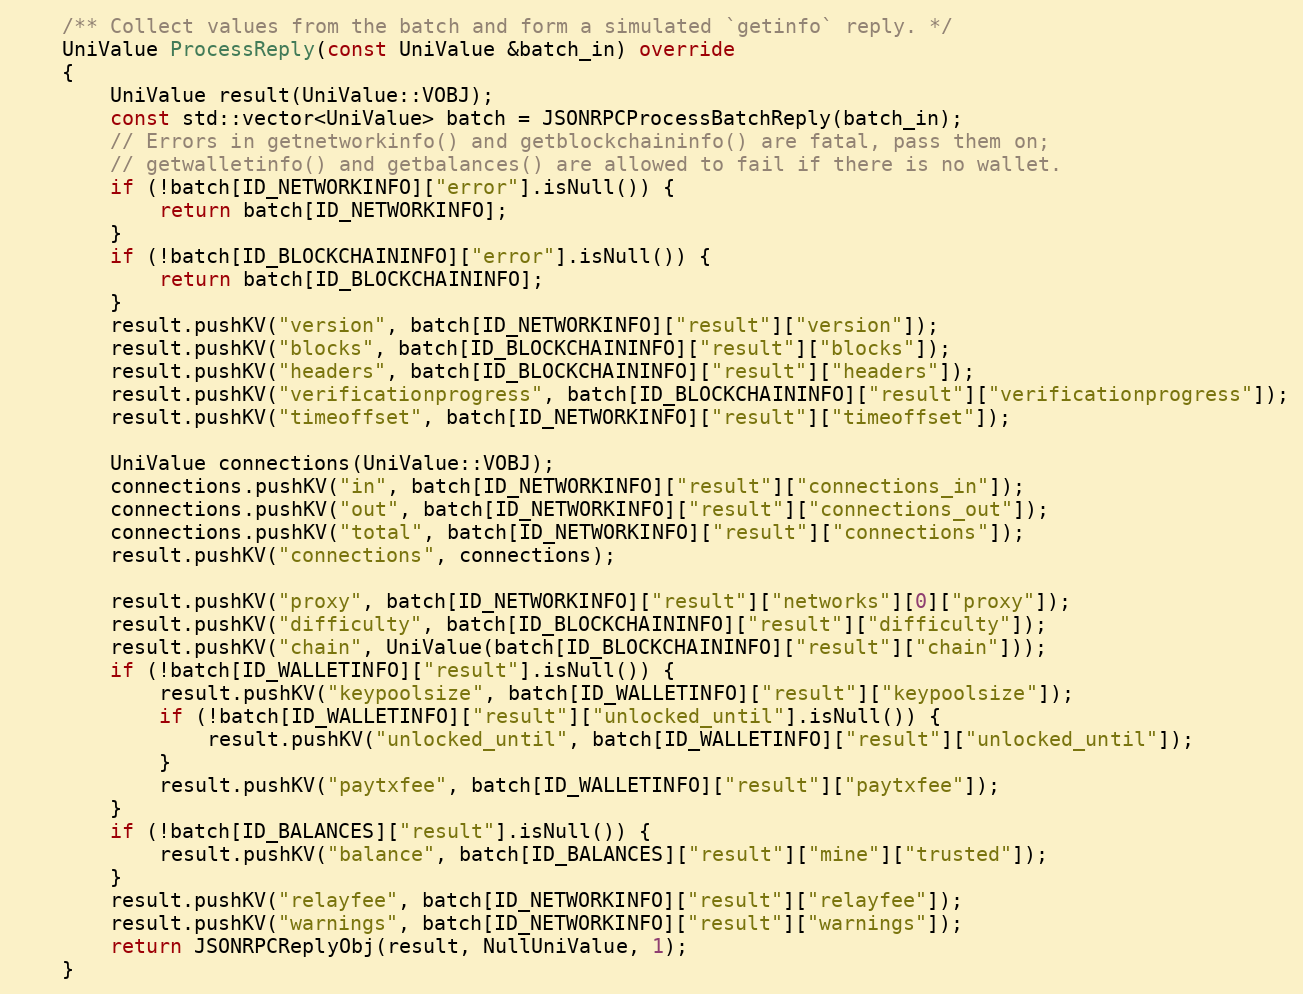
Language: C++
    /** Collect values from the batch and form a simulated `getinfo` reply. */
    UniValue ProcessReply(const UniValue &batch_in) override
    {
        UniValue result(UniValue::VOBJ);
        const std::vector<UniValue> batch = JSONRPCProcessBatchReply(batch_in);
        // Errors in getnetworkinfo() and getblockchaininfo() are fatal, pass them on;
        // getwalletinfo() and getbalances() are allowed to fail if there is no wallet.
        if (!batch[ID_NETWORKINFO]["error"].isNull()) {
            return batch[ID_NETWORKINFO];
        }
        if (!batch[ID_BLOCKCHAININFO]["error"].isNull()) {
            return batch[ID_BLOCKCHAININFO];
        }
        result.pushKV("version", batch[ID_NETWORKINFO]["result"]["version"]);
        result.pushKV("blocks", batch[ID_BLOCKCHAININFO]["result"]["blocks"]);
        result.pushKV("headers", batch[ID_BLOCKCHAININFO]["result"]["headers"]);
        result.pushKV("verificationprogress", batch[ID_BLOCKCHAININFO]["result"]["verificationprogress"]);
        result.pushKV("timeoffset", batch[ID_NETWORKINFO]["result"]["timeoffset"]);

        UniValue connections(UniValue::VOBJ);
        connections.pushKV("in", batch[ID_NETWORKINFO]["result"]["connections_in"]);
        connections.pushKV("out", batch[ID_NETWORKINFO]["result"]["connections_out"]);
        connections.pushKV("total", batch[ID_NETWORKINFO]["result"]["connections"]);
        result.pushKV("connections", connections);

        result.pushKV("proxy", batch[ID_NETWORKINFO]["result"]["networks"][0]["proxy"]);
        result.pushKV("difficulty", batch[ID_BLOCKCHAININFO]["result"]["difficulty"]);
        result.pushKV("chain", UniValue(batch[ID_BLOCKCHAININFO]["result"]["chain"]));
        if (!batch[ID_WALLETINFO]["result"].isNull()) {
            result.pushKV("keypoolsize", batch[ID_WALLETINFO]["result"]["keypoolsize"]);
            if (!batch[ID_WALLETINFO]["result"]["unlocked_until"].isNull()) {
                result.pushKV("unlocked_until", batch[ID_WALLETINFO]["result"]["unlocked_until"]);
            }
            result.pushKV("paytxfee", batch[ID_WALLETINFO]["result"]["paytxfee"]);
        }
        if (!batch[ID_BALANCES]["result"].isNull()) {
            result.pushKV("balance", batch[ID_BALANCES]["result"]["mine"]["trusted"]);
        }
        result.pushKV("relayfee", batch[ID_NETWORKINFO]["result"]["relayfee"]);
        result.pushKV("warnings", batch[ID_NETWORKINFO]["result"]["warnings"]);
        return JSONRPCReplyObj(result, NullUniValue, 1);
    }